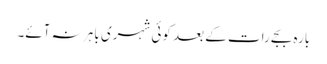
بارہ بجے رات کے بعد کوئی شہری باہر نہ آئے۔